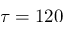
\tau = 1 2 0